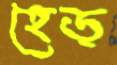
হেড্